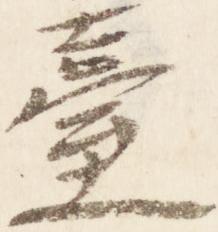
台